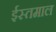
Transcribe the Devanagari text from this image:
ईस्तमाल